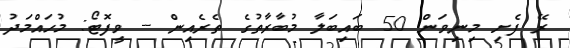
ރޭ ފެށި މިނިވަން 50 ބައިބަލާ މުބާރާތުގެ ތެރެއިން -- ވީފޮޓޯ: މުހައްމަދު